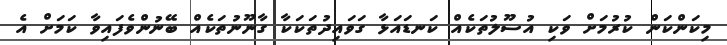
މިކަންކަން ކުރުމަށް ވަކި އުސޫލުތަކެއް ކަނޑައަޅާ ގަވައިދުތަކަކާ ގާނޫނުތަކެއް ބޭނުންވެފައިވާ ކަމަށް އެ